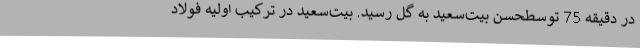
در دقیقه 75 توسطحسن بیت‌سعید به گل رسید. بیت‌سعید در ترکیب اولیه فولاد